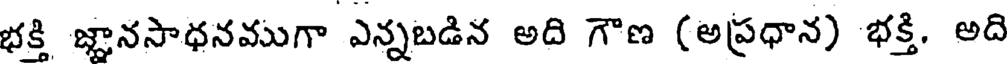
భక్తి జ్ఞానసాధనముగా ఎన్నబడిన అది గౌణ (అప్రధాన) భక్తి. అది